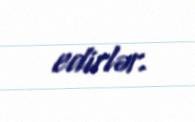
edirlər.